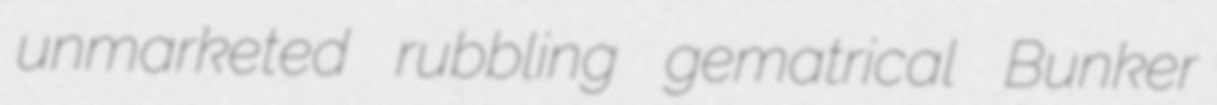
unmarketed rubbling gematrical Bunker